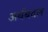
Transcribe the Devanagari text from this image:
अर्थबदल